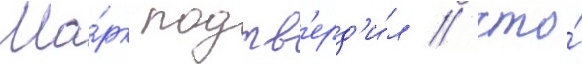
Ма́рк подтв'ерд'и́л / что́